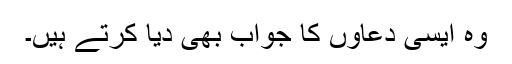
وہ ایسی دعاوں کا جواب بھی دیا کرتے ہیں۔